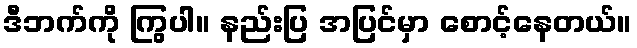
ဒီဘက်ကို ကြွပါ။ နည်းပြ အပြင်မှာ စောင့်နေတယ်။